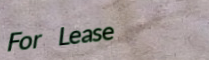
For Lease